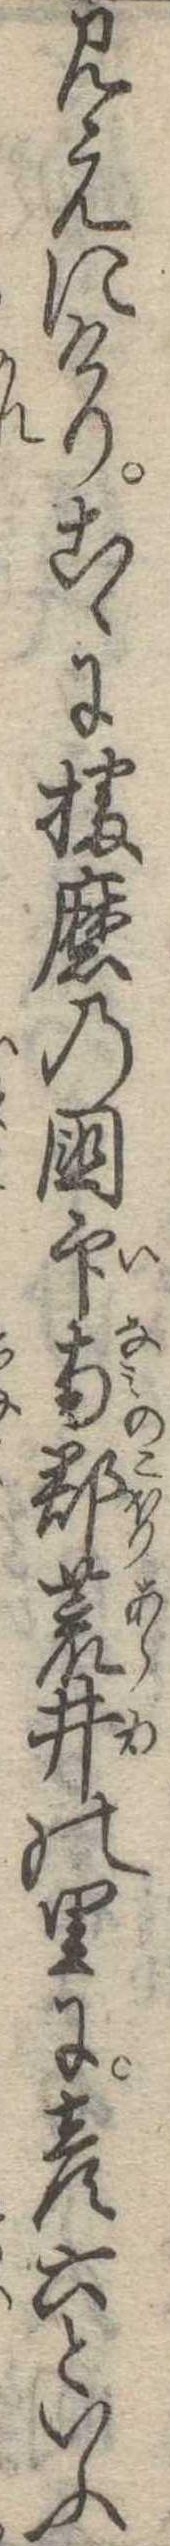
見えにけりこゝに播磨の国印南郡荒井の里に彦六といふ